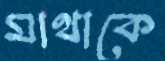
মাথাকে